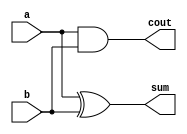
module ha(
input a,b,
output sum,cout
);

xor gate1 (sum,a,b);
and gate2 (cout,a,b);

endmodule